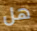
هل